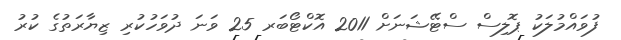
ފުވައްމުލަކު ޕޮލިސް ސްޓޭޝަނަށް 2011 އޮކްޓޯބަރ 25 ވަނަ ދުވަހުކުރި ޒިޔާރަތުގެ ކުރު